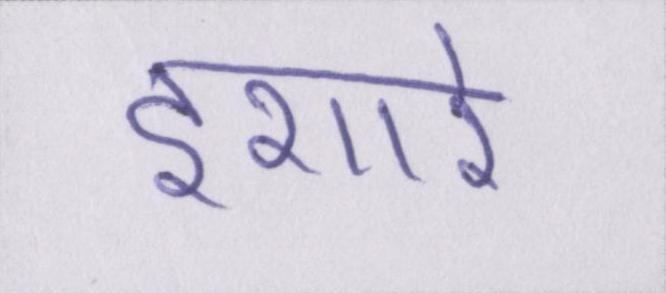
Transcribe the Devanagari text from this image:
इशारे